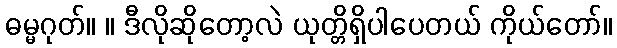
ဓမ္မဂုတ်။ ။ ဒီလိုဆိုတော့လဲ ယုတ္တိရှိပါပေတယ် ကိုယ်တော်။